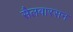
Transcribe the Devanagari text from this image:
सैलवारसन